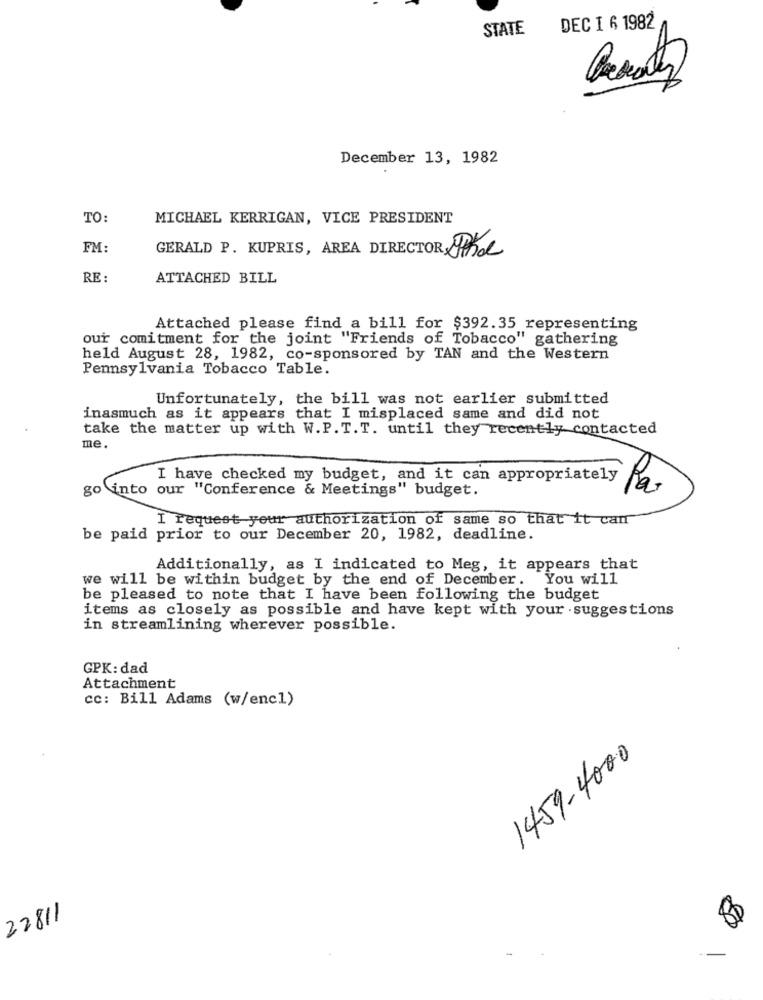
STATE
DEC I 6 1982
December 13, 1982
TO:
MICHAEL KERRIGAN, VICE PRESIDENT
FM:
GERALD P. KUPRIS, AREA DIRECTOR The
RE :
ATTACHED BILL
Attached please find a bill for $392.35 representing
our comitment for the joint "Friends of Tobacco" gathering
held August 28, 1982, co-sponsored by TAN and the Western
Pennsylvania Tobacco Table.
Unfortunately, the bill was not earlier submitted
inasmuch as it appears that I misplaced same and did not
take the matter up with W.P. T.T. until they recently contacted
me.
go into our "Conference & Meetings" budget.
I have checked my budget, and it can appropriately Par
I request your authorization of same so that it can
be paid prior to our December 20, 1982, deadline.
Additionally, as I indicated to Meg, it appears that
we will be within budget by the end of December. You will
be pleased to note that I have been following the budget
items as closely as possible and have kept with your suggestions
in streamlining wherever possible.
GPK: dad
Attachment
cc: Bill Adams (w/enc1)
1459-4000
22811
-